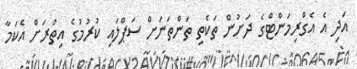
އަދި އެ އެގްރިމަންޓްގެ ދަށުން ތަކެތި ތަންތަނަށް ސަޕްލައި ކުރުމުގެ އިތުރަށް އެކަމާ